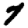
Digit: 7